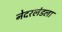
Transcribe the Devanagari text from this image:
नेदरलंडला